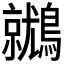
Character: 𪆩